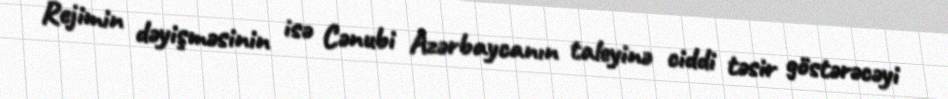
Rejimin dəyişməsinin isə Cənubi Azərbaycanın taleyinə ciddi təsir göstərəcəyi